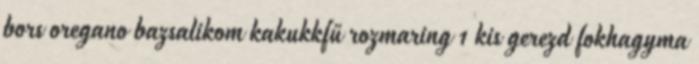
bors oregano bazsalikom kakukkfű rozmaring 1 kis gerezd fokhagyma